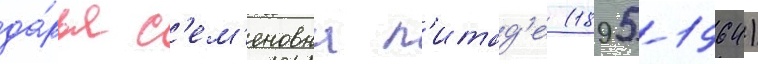
да́рья с'ем'еновна п'итад'е (1895-1964)